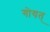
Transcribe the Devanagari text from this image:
गोयत्